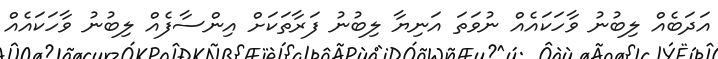
އަދަބެއް ލިބުނު ވާހަކައެއް ނުވަތަ އަނިޔާ ލިބުނު ފަރާތަކަށް އިންސާފެއް ލިބުނު ވާހަކައެއް